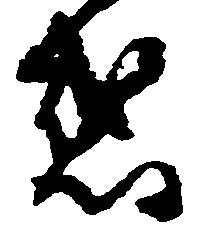
惑